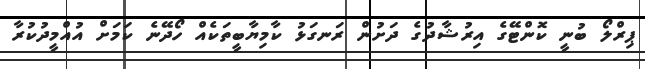
ޕިރްލޯ ބުނީ ކޮންޓޭގެ އިރުޝާދުގެ ދަށުން ރަނގަޅު ކާމިޔާބީތަކެއް ހޯދޭނެ ކަމަށް އުއްމީދުކުރާ